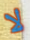
لا